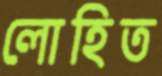
লোহিত